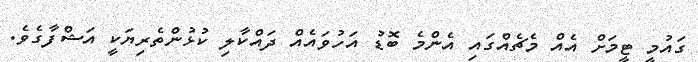
ގައުމީ ޓީމަށް އެއް މެޗެއްގައި އެންމެ ބޮޑު އަހުވައެއް ދައްކާލި ކުޅުންތެރިޔަކީ އަޝްފާގެވެ.